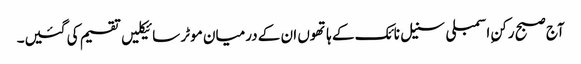
آج صبح رکنِ اسمبلی سنیل نائک کے ہاتھوں ان کے درمیان موٹر سائیکلیں تقسیم کی گئیں۔